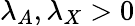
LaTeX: \lambda_{A},\lambda_{X}>0